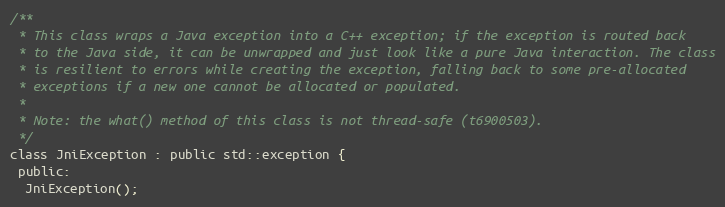
Language: C
/**
 * This class wraps a Java exception into a C++ exception; if the exception is routed back
 * to the Java side, it can be unwrapped and just look like a pure Java interaction. The class
 * is resilient to errors while creating the exception, falling back to some pre-allocated
 * exceptions if a new one cannot be allocated or populated.
 *
 * Note: the what() method of this class is not thread-safe (t6900503).
 */
class JniException : public std::exception {
 public:
  JniException();